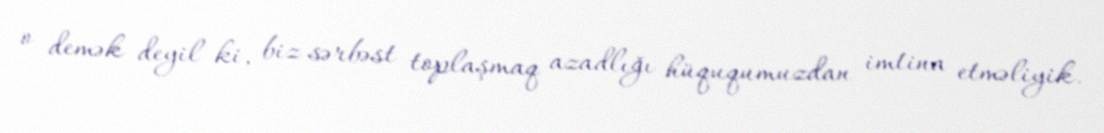
o demək deyil ki, biz sərbəst toplaşmaq azadlığı hüququmuzdan imtina etməliyik.